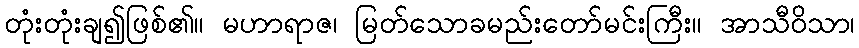
တုံးတုံးချ၍ဖြစ်၏။ မဟာရာဇ၊ မြတ်သောခမည်းတော်မင်းကြီး။ အာသီဝိသာ၊